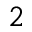
2